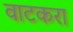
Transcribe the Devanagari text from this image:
वाटकरा